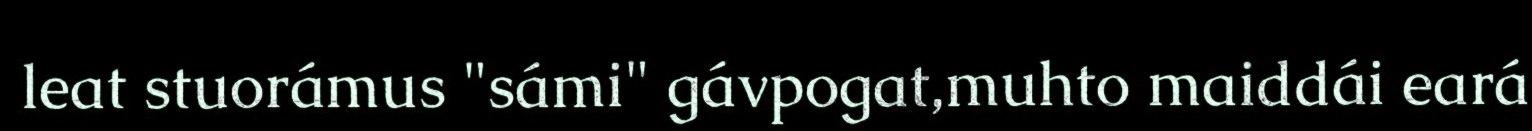
leat stuorámus "sámi" gávpogat,muhto maiddái eará